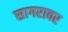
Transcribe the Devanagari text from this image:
सागरावर